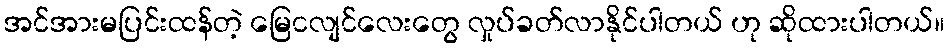
အင်အားမပြင်းထန်တဲ့ မြေငလျင်လေးတွေ လှုပ်ခတ်လာနိုင်ပါတယ် ဟု ဆိုထားပါတယ်။